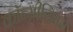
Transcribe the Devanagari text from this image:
कॉन्सीलियम